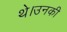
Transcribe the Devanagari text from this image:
थे।उनकी